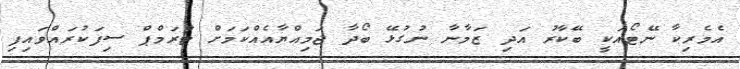
އެމެރިކާ ނޭޓޯއަކީ ބޭކާރު އަދި ޒަމާނާ ނުގުޅޭ ބޯދާ ޖަމިއްޔާއެއްކަމަށް ޓްރަމްޕް ސިފަކުރައްވައިފި